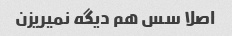
اصلا سس هم دیگه نمیریزن